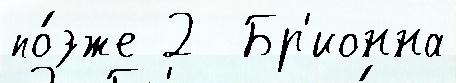
по́зже 2  Бр'ионна